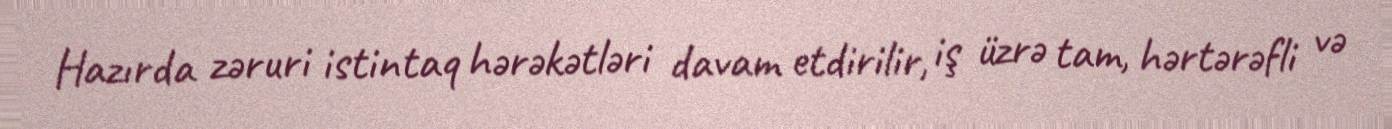
Hazırda zəruri istintaq hərəkətləri davam etdirilir, iş üzrə tam, hərtərəfli və